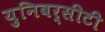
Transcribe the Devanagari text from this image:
युनिवर्सीटी